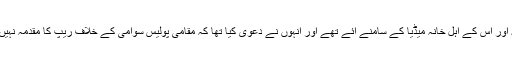
اس سے قبل طالبہ اور اس کے اہل خانہ میڈیا کے سامنے آئے تھے اور انہوں نے دعوی کیا تھا کہ مقامی پولیس سوامی کے خلاف ریپ کا مقدمہ نہیں درج کررہی ہے۔